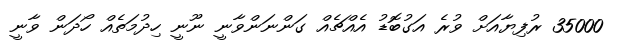
35000 ރުފިޔާއަށް ވުރެ އަގުބޮޑު އެއްޗެއް ގަންނަންވާނީ ނޫނީ ހިދުމަތެއް ހޯދަން ވާނީ